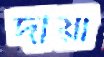
দীয়া